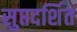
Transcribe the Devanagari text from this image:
सुप्तदर्शित